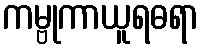
ကမ္ဗုကာယူရဓရာ